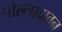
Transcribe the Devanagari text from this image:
पोल्लादावन